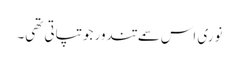
نوری اس سمے تندور جو تپاتی تھی۔